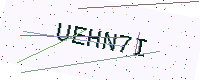
Text: UEHN7I